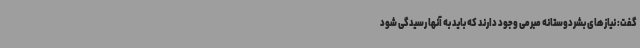
گفت: نیازهای بشردوستانه مبرمی وجود دارند که باید به آنها رسیدگی شود